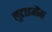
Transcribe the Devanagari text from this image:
लुटाइगैंग